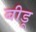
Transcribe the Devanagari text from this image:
बीडू